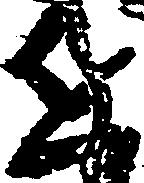
近